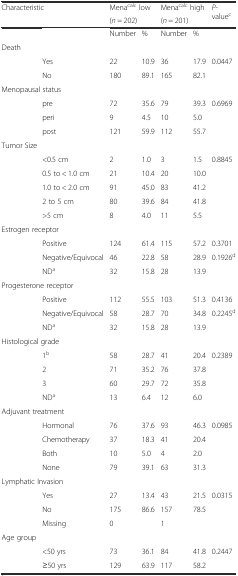
<table><thead><tr><td colspan="2"><b>Characteristic</b></td><td colspan="2"><b>Mena<sup>calc</sup> low</b></td><td colspan="2"><b>Mena<sup>calc</sup> high</b></td><td rowspan="2"><b><i>P</i>-value<sup>c</sup></b></td></tr><tr><td></td><td></td><td colspan="2"><b>(<i>n</i> = 202)</b></td><td colspan="2"><b>(<i>n</i> = 201)</b></td></tr></thead><tbody><tr><td></td><td></td><td>Number</td><td>%</td><td>Number</td><td>%</td><td></td></tr><tr><td>Death</td><td></td><td></td><td></td><td></td><td></td><td></td></tr><tr><td></td><td>Yes</td><td>22</td><td>10.9</td><td>36</td><td>17.9</td><td>0.0447</td></tr><tr><td></td><td>No</td><td>180</td><td>89.1</td><td>165</td><td>82.1</td><td></td></tr><tr><td colspan="2">Menopausal status</td><td></td><td></td><td></td><td></td><td></td></tr><tr><td></td><td>pre</td><td>72</td><td>35.6</td><td>79</td><td>39.3</td><td>0.6969</td></tr><tr><td></td><td>peri</td><td>9</td><td>4.5</td><td>10</td><td>5.0</td><td></td></tr><tr><td></td><td>post</td><td>121</td><td>59.9</td><td>112</td><td>55.7</td><td></td></tr><tr><td colspan="2">Tumor Size</td><td></td><td></td><td></td><td></td><td></td></tr><tr><td></td><td>&lt;0.5 cm</td><td>2</td><td>1.0</td><td>3</td><td>1.5</td><td>0.8845</td></tr><tr><td></td><td>0.5 to &lt; 1.0 cm</td><td>21</td><td>10.4</td><td>20</td><td>10.0</td><td></td></tr><tr><td></td><td>1.0 to &lt; 2.0 cm</td><td>91</td><td>45.0</td><td>83</td><td>41.2</td><td></td></tr><tr><td></td><td>2 to 5 cm</td><td>80</td><td>39.6</td><td>84</td><td>41.8</td><td></td></tr><tr><td></td><td>&gt;5 cm</td><td>8</td><td>4.0</td><td>11</td><td>5.5</td><td></td></tr><tr><td colspan="2">Estrogen receptor</td><td></td><td></td><td></td><td></td><td></td></tr><tr><td></td><td>Positive</td><td>124</td><td>61.4</td><td>115</td><td>57.2</td><td>0.3701</td></tr><tr><td></td><td>Negative/Equivocal</td><td>46</td><td>22.8</td><td>58</td><td>28.9</td><td>0.1926<sup>d</sup></td></tr><tr><td></td><td>ND<sup>a</sup></td><td>32</td><td>15.8</td><td>28</td><td>13.9</td><td></td></tr><tr><td colspan="2">Progesterone receptor</td><td></td><td></td><td></td><td></td><td></td></tr><tr><td></td><td>Positive</td><td>112</td><td>55.5</td><td>103</td><td>51.3</td><td>0.4136</td></tr><tr><td></td><td>Negative/Equivocal</td><td>58</td><td>28.7</td><td>70</td><td>34.8</td><td>0.2245<sup>d</sup></td></tr><tr><td></td><td>ND<sup>a</sup></td><td>32</td><td>15.8</td><td>28</td><td>13.9</td><td></td></tr><tr><td colspan="2">Histological grade</td><td></td><td></td><td></td><td></td><td></td></tr><tr><td></td><td>1<sup>b</sup></td><td>58</td><td>28.7</td><td>41</td><td>20.4</td><td>0.2389</td></tr><tr><td></td><td>2</td><td>71</td><td>35.2</td><td>76</td><td>37.8</td><td></td></tr><tr><td></td><td>3</td><td>60</td><td>29.7</td><td>72</td><td>35.8</td><td></td></tr><tr><td></td><td>ND<sup>a</sup></td><td>13</td><td>6.4</td><td>12</td><td>6.0</td><td></td></tr><tr><td colspan="2">Adjuvant treatment</td><td></td><td></td><td></td><td></td><td></td></tr><tr><td></td><td>Hormonal</td><td>76</td><td>37.6</td><td>93</td><td>46.3</td><td>0.0985</td></tr><tr><td></td><td>Chemotherapy</td><td>37</td><td>18.3</td><td>41</td><td>20.4</td><td></td></tr><tr><td></td><td>Both</td><td>10</td><td>5.0</td><td>4</td><td>2.0</td><td></td></tr><tr><td></td><td>None</td><td>79</td><td>39.1</td><td>63</td><td>31.3</td><td></td></tr><tr><td colspan="2">Lymphatic Invasion</td><td></td><td></td><td></td><td></td><td></td></tr><tr><td></td><td>Yes</td><td>27</td><td>13.4</td><td>43</td><td>21.5</td><td>0.0315</td></tr><tr><td></td><td>No</td><td>175</td><td>86.6</td><td>157</td><td>78.5</td><td></td></tr><tr><td></td><td>Missing</td><td>0</td><td></td><td>1</td><td></td><td></td></tr><tr><td>Age group</td><td></td><td></td><td></td><td></td><td></td><td></td></tr><tr><td></td><td>&lt;50 yrs</td><td>73</td><td>36.1</td><td>84</td><td>41.8</td><td>0.2447</td></tr><tr><td></td><td>≥50 yrs</td><td>129</td><td>63.9</td><td>117</td><td>58.2</td><td></td></tr></tbody></table>